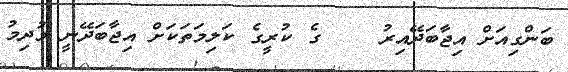
ބަންގިއަށް އިޖާބަދޭއިރު    ގެ ކުރީގެ ކަލިމަތަކަށް އިޖާބަދޭނީ މުދިމު